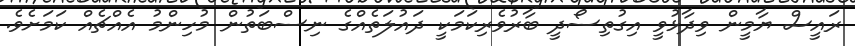
ރައީސް ޔާމީން ވިދާޅުވީ އިގުތިސޯދީ ބާރުވެރިކަމަކީ ދައުލަތެއްގެ ނިސްބަތުން މުހިންމު އެއްޗެއް ކަމަށެވެ.